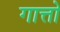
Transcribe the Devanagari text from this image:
गात्तो